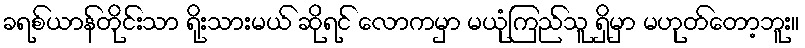
ခရစ်ယာန်တိုင်းသာ ရိုးသားမယ် ဆိုရင် လောကမှာ မယုံကြည်သူ ရှိမှာ မဟုတ်တော့ဘူး။